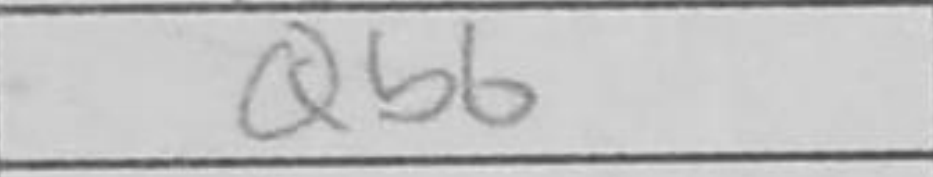
Transcription: Qb6